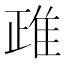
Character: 𨾖